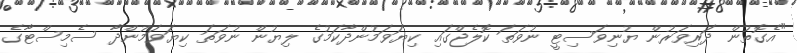
"އެގޮތުން ދަރިވަރުން ޔުނިވަސިޓީ ނުވަތަ ކޮލެޖްގައި ކިޔަވަމުންދާކަމުގެ ލިޔުން ނުވަތަ ކިޔަވަމުންދާ ސެމިސްޓާގެ